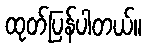
ထုတ်ပြန်ပါတယ်။